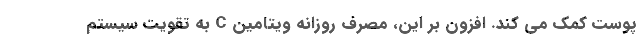
پوست کمک می کند. افزون بر این، مصرف روزانه ویتامین C به تقویت سیستم